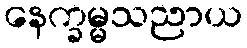
နေက္ခမ္မသညာယ